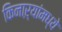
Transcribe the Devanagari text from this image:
किनाऱ्यांमध्ये